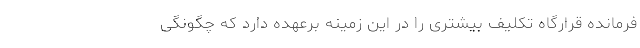
فرمانده قرارگاه تکلیف بیشتری را در این زمینه برعهده دارد که چگونگی